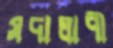
সদালাপী